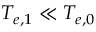
T _ { e , 1 } \ll T _ { e , 0 }